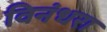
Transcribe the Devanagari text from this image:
विनंधरा